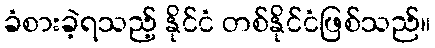
ခံစားခဲ့ရသည့် နိုင်ငံ တစ်နိုင်ငံဖြစ်သည်။